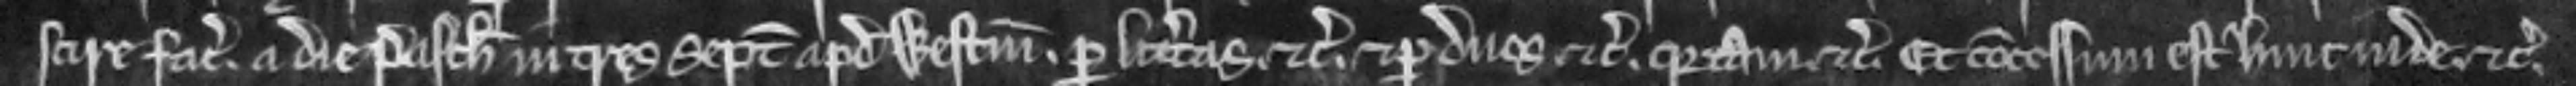
scire faciat. a die Pasche in tres septimanas apud Westmonasterium. per litteras. etc. et per duos etc. quia tam etc. Et concessum est hinc inde. etc.